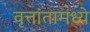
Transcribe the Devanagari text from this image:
वृत्तांतामध्ये